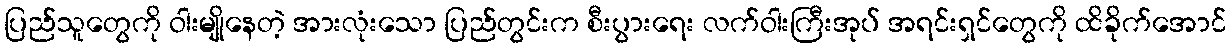
ပြည်သူတွေကို ဝါးမျိုနေတဲ့ အားလုံးသော ပြည်တွင်းက စီးပွားရေး လက်ဝါးကြီးအုပ် အရင်းရှင်တွေကို ထိခိုက်အောင်